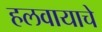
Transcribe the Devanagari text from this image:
हलवायाचे